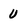
Character: U